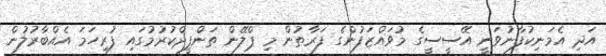
އަދި އެމަނިކުފާނުވަނީ އޭސީސީގެ މުވައްޒަފުންގެ ފަރާތުން މި ޕްލޭން ތަންފީޛްކުރުމުގައި ފުރިހަމަ އެއްބާރުލުން